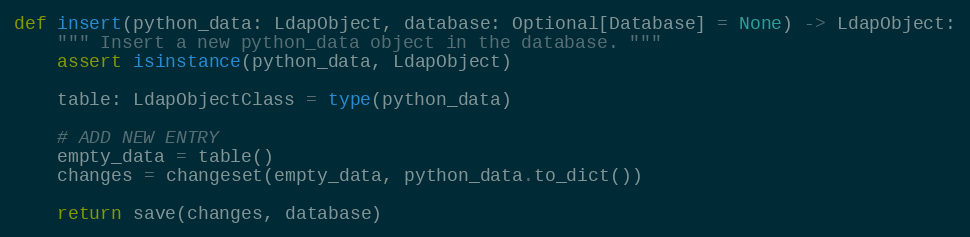
Language: Python
def insert(python_data: LdapObject, database: Optional[Database] = None) -> LdapObject:
    """ Insert a new python_data object in the database. """
    assert isinstance(python_data, LdapObject)

    table: LdapObjectClass = type(python_data)

    # ADD NEW ENTRY
    empty_data = table()
    changes = changeset(empty_data, python_data.to_dict())

    return save(changes, database)